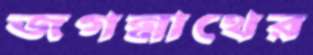
জগন্নাথের